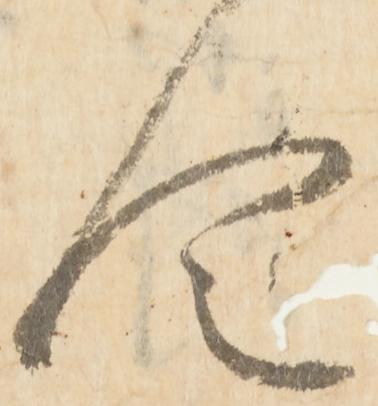
令